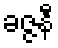
ခဇ္ဇနီ